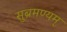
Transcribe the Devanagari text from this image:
सुब्रमण्यम्